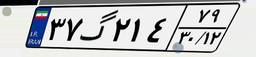
۲۵گ۵۹۱۴۰